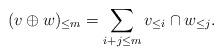
LaTeX: \begin{align*}(v \oplus w)_{\leq m} = \sum_{i + j \leq m} v_{\leq i} \cap w_{\leq j}.\\\end{align*}